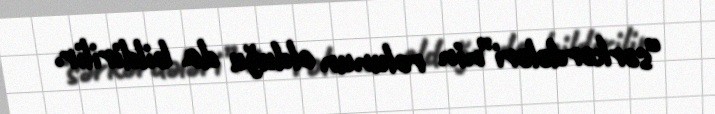
“sərkərdələri”nin rolunun olduğu da bildirilir.